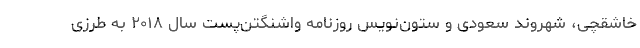
خاشقچی، شهروند سعودی و ستون‌نویس روزنامه واشنگتن‌پست سال ۲۰۱۸ به طرزی